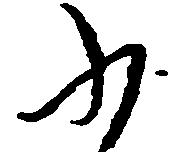
ふ